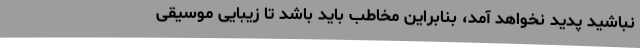
نباشید پدید نخواهد آمد، بنابراین مخاطب باید باشد تا زیبایی موسیقی